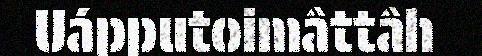
Uápputoimâttâh